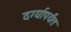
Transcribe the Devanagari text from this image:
दर्ग्यापर्यंत